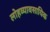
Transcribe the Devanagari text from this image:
लोहव्यावसायिक